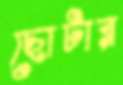
ছোটার